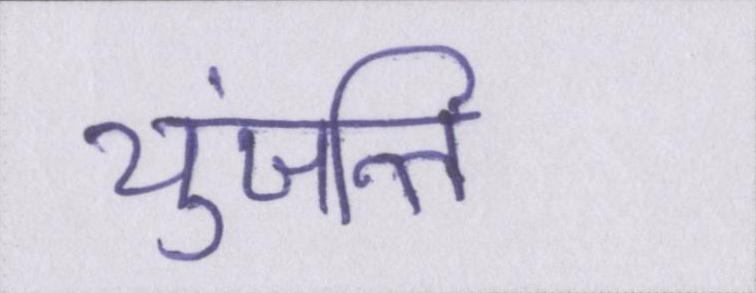
युंजन्ति